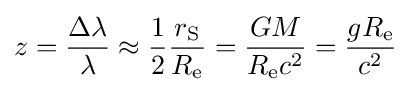
z={\frac {\Delta \lambda }{\lambda }}\approx {\frac {1}{2}}{\frac {r_{\text{S}}}{R_{\text{e}}}}={\frac {GM}{R_{\text{e}}c^{2}}}={\frac {gR_{\text{e}}}{c^{2}}}